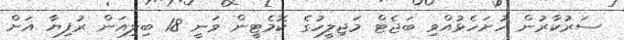
ސަރުކާރުން ހުށަހެޅުއްވި ބަޖެޓް މަޖިލީހުގެ ކޮމެޓީން ވަނީ 18 ބިލިއަން ރުފިޔާ އަށް